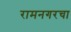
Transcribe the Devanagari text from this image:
रामनगरचा